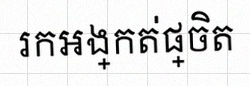
រកអង្កត់ផ្ចិត